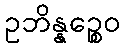
ဥဘိန္နဉ္စေဝ